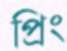
প্রিং